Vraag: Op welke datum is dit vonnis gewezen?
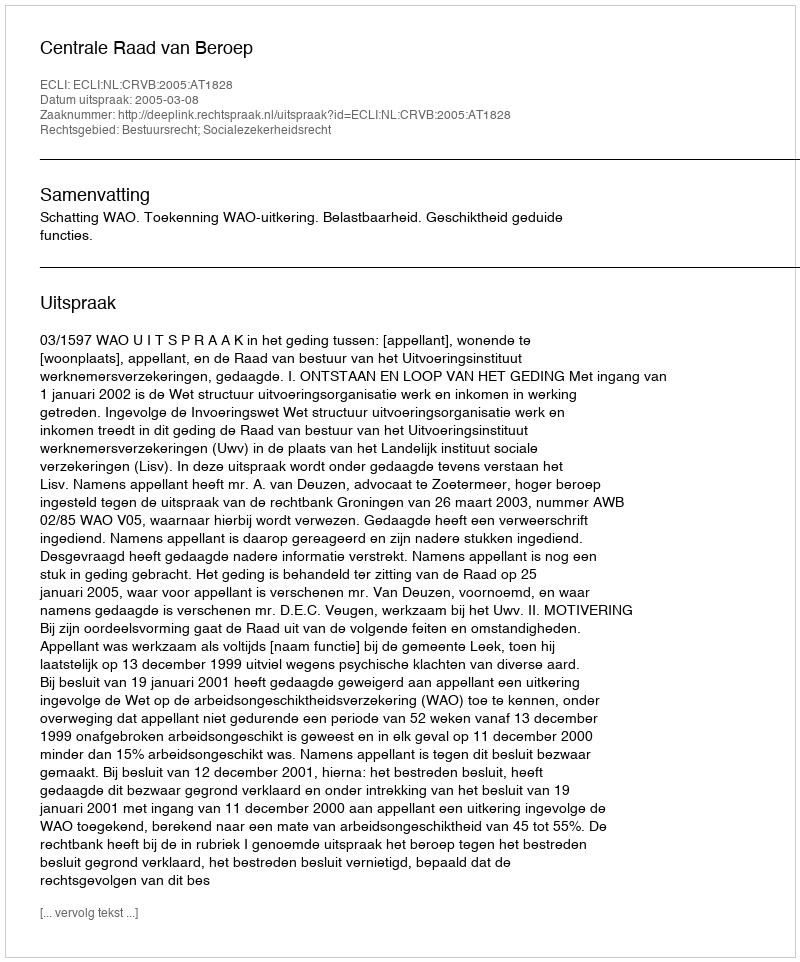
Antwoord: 2005-03-08